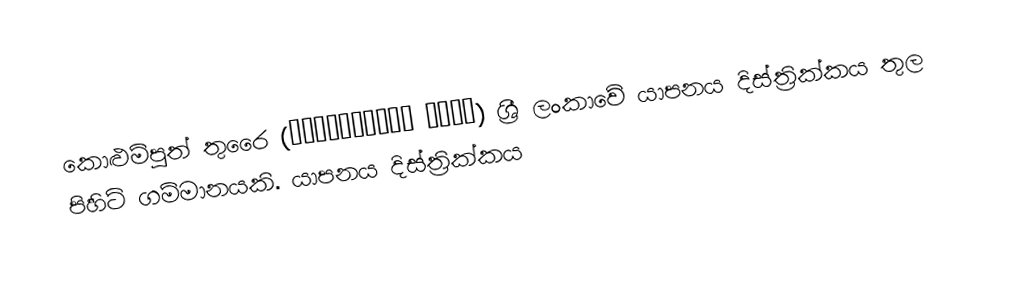
කොළුම්පුත් තුරෙෙ (கொழும்புத் துறை) ශ්‍රී ලංකාවේ යාපනය දිස්ත්‍රික්කය තුල පිහිටි ගම්මානයකි.  යාපනය දිස්ත්‍රික්කය